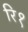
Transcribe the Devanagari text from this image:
रि१